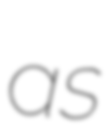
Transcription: as